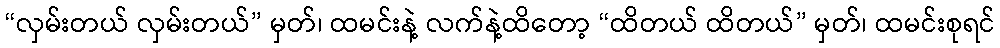
“လှမ်းတယ် လှမ်းတယ်” မှတ်၊ ထမင်းနဲ့ လက်နဲ့ထိတော့ “ထိတယ် ထိတယ်” မှတ်၊ ထမင်းစုရင်